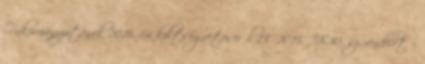
Önkormányzatának 2016. évi költségvetéséről 13 2015. IX.30. sz. rendelet –